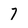
Character: 7